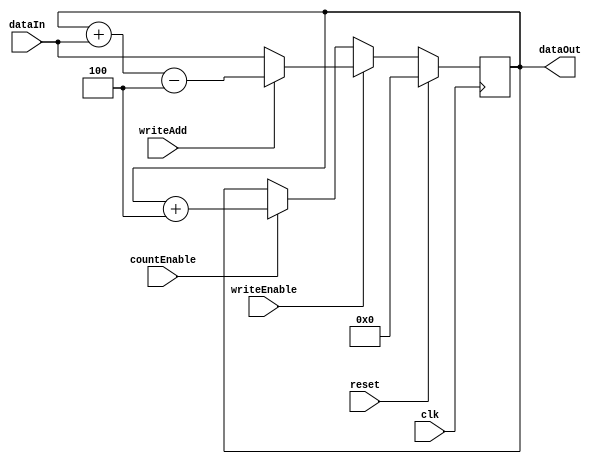
// This program was cloned from: https://github.com/racerxdl/riskow
// License: Apache License 2.0

module ProgramCounter (
  input   wire          clk,
  input   wire          reset,
  input         [31:0]  dataIn,
  output  wire  [31:0]  dataOut,
  input                 writeEnable,    // 1 => WRITE, 0 => READ
  input                 writeAdd,       // 1 => Add dataIn to PC, 0 => Set dataIn to PC
  input                 countEnable     // 1 => COUNT UP, 0 => STOPPED
);

reg [31:0] programCounter;

always @(posedge clk)
begin
  if (reset)
  begin
    programCounter <= 0;
  end
  else if (writeEnable) programCounter <= writeAdd ? programCounter + $signed(dataIn) - 4 : dataIn;
  else if (countEnable) programCounter <= programCounter + 4;
end

assign dataOut = programCounter;

endmodule